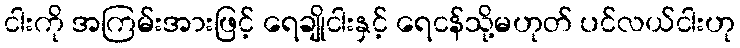
ငါးကို အကြမ်းအားဖြင့် ရေချိုငါးနှင့် ရေငန်သို့မဟုတ် ပင်လယ်ငါးဟု